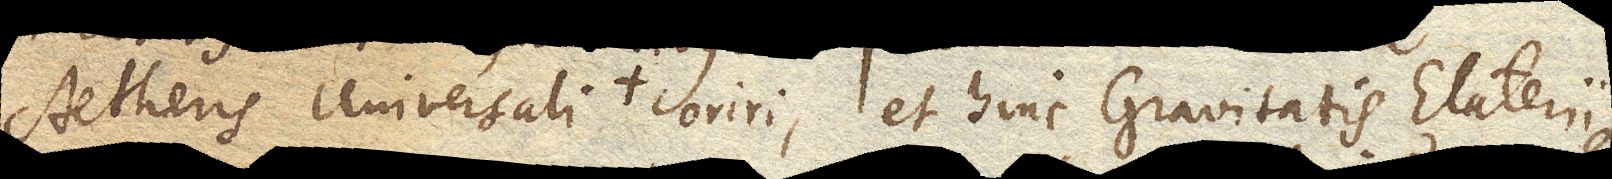
Aetheris universali oriri, et hinc Gravitatis Elateriique